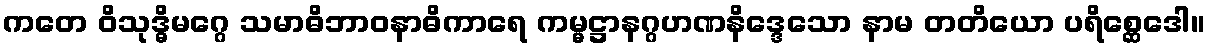
ကတေ ဝိသုဒ္ဓိမဂ္ဂေ သမာဓိဘာဝနာဓိကာရေ ကမ္မဋ္ဌာနဂ္ဂဟဏနိဒ္ဒေသော နာမ တတိယော ပရိစ္ဆေဒေါ။